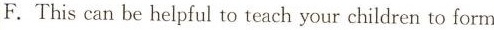
F.This can be helpful to teach your children to form